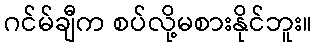
ဂင်မ်ချီက စပ်လို့မစားနိုင်ဘူး။